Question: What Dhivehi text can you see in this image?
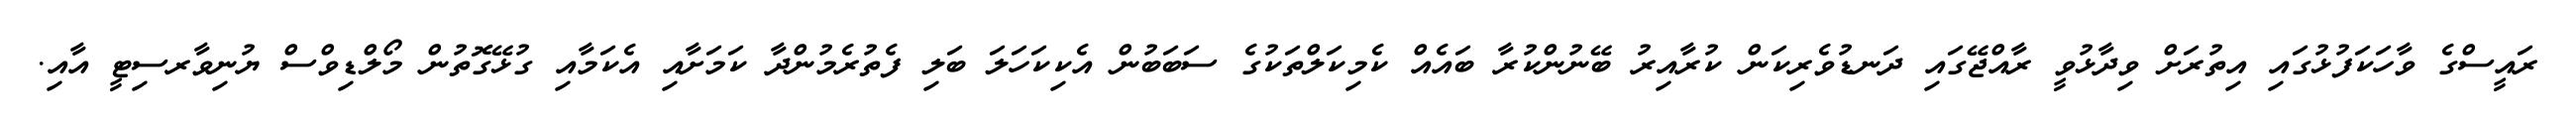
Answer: ރައީސްގެ ވާހަކަފުޅުގައި އިތުރަށް ވިދާޅުވީ ރާއްޖޭގައި ދަނޑުވެރިކަން ކުރާއިރު ބޭނުންކުރާ ބައެއް ކެމިކަލްތަކުގެ ސަބަބުން އެކިކަހަލަ ބަލި ފެތުރެމުންދާ ކަމަށާއި އެކަމާއި ގުޅޭގޮތުން މޯލްޑިވްސް ޔުނިވާރސިޓީ އާއި.